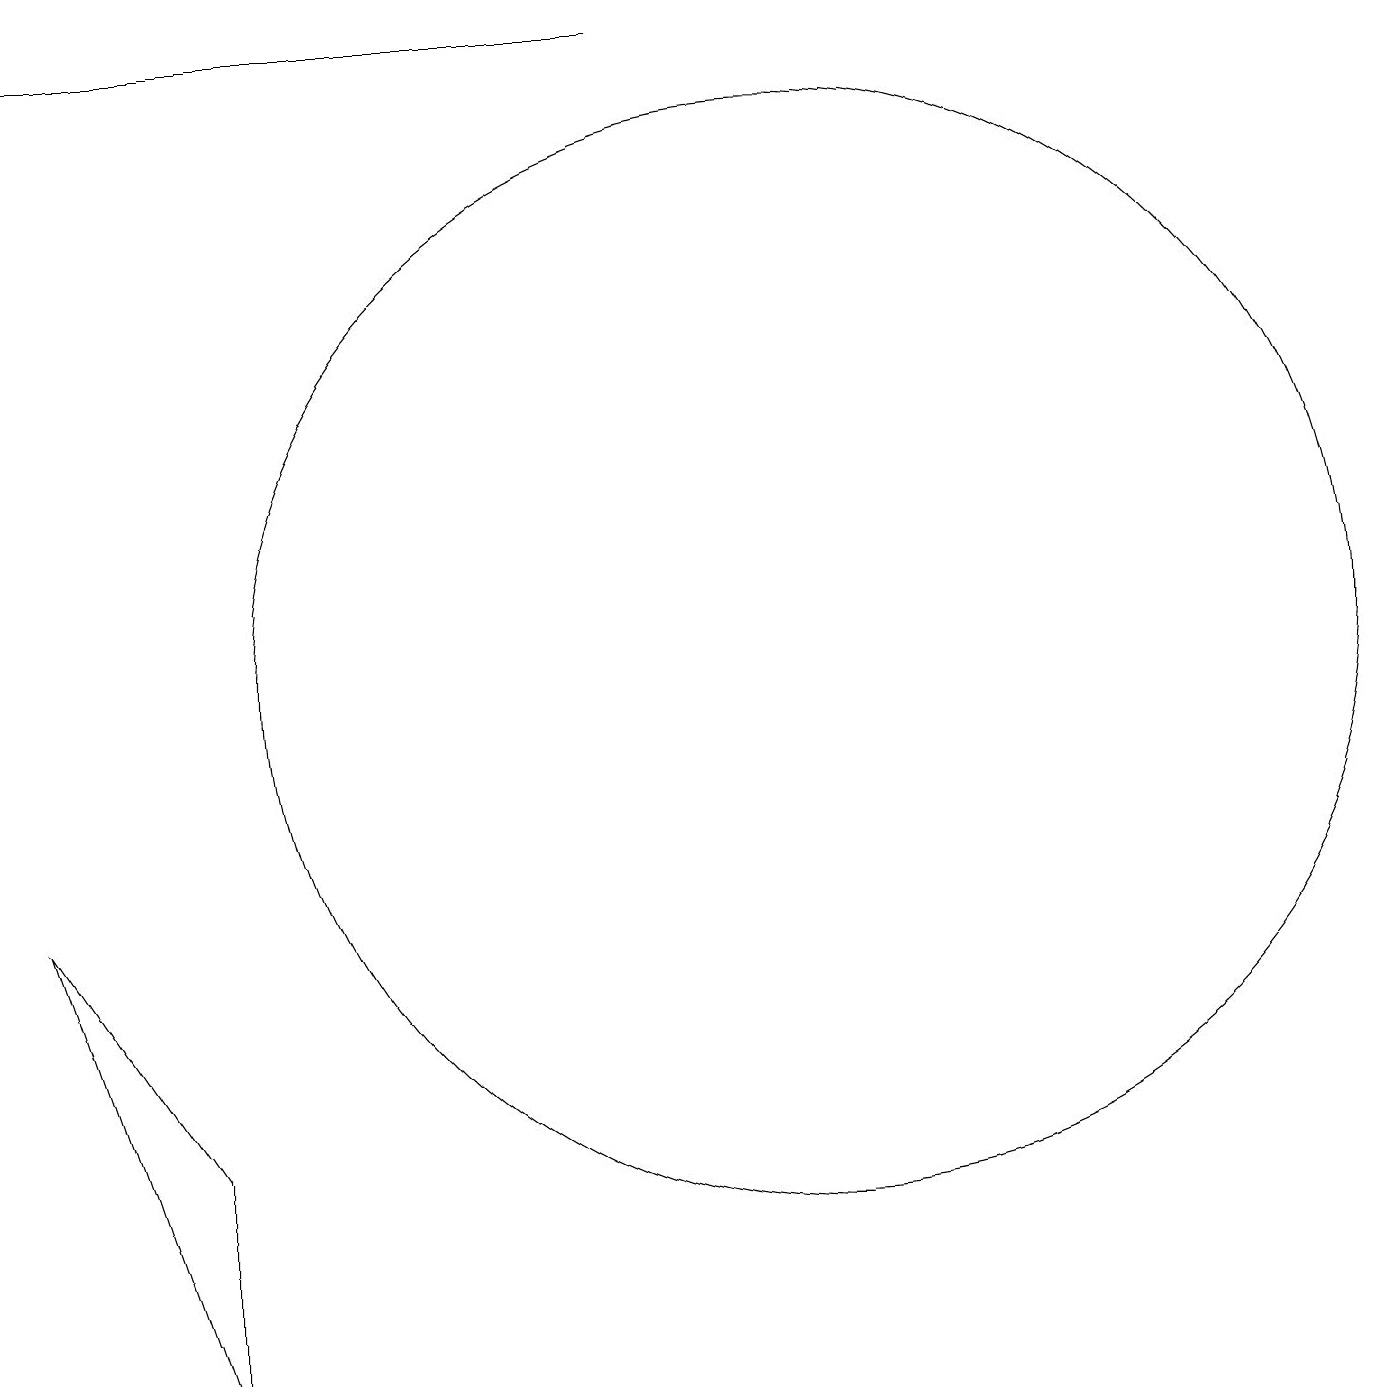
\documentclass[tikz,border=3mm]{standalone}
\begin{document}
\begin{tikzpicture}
\draw (11,10) circle (7);
\draw (3,4) -- (3,1) -- (1,7) -- cycle;
\draw (9,18) rectangle (1,18);
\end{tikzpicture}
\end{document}